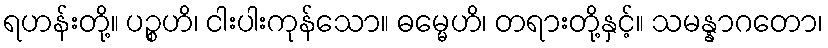
ရဟန်းတို့။ ပဉ္စဟိ၊ ငါးပါးကုန်သော။ ဓမ္မေဟိ၊ တရားတို့နှင့်။ သမန္နာဂတော၊